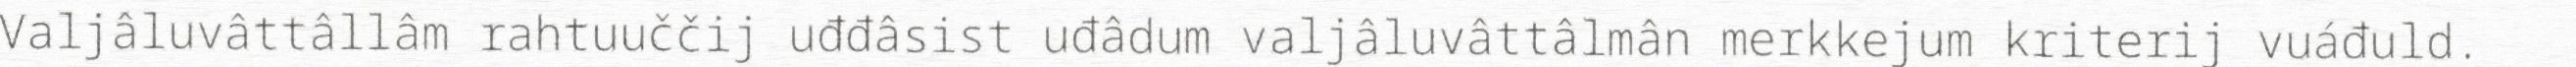
Valjâluvâttâllâm rahtuuččij uđđâsist uđâdum valjâluvâttâlmân merkkejum kriterij vuáđuld.